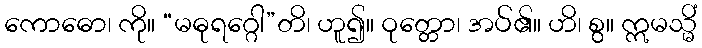
ကောဓော၊ ကို။ “မဓုရဂ္ဂေါ”တိ၊ ဟူ၍။ ဝုတ္တော၊ အပ်၏။ ဟိ၊ စွ။ ဣမသ္မိံ